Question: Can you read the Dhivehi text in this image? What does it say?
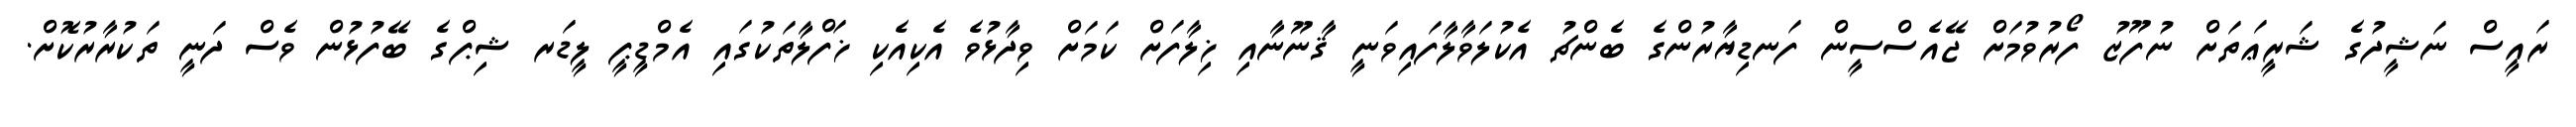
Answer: ރައީސް ނަޝީދުގެ ޝަރީޢަތަށް ނުފޫޒު ފޯރުވުމަށް ޖޭއެސްސީން ފަނޑިޔާރުންގެ ބެންޗު އެކުލަވާލާފައިވަނީ ޤާނޫނާއި ޚިލާފަށް ކަމަށް ވިދާޅުވެ އެކިއެކި ޚަފްލާތަކުގައި އެމްޑީޕީ ލީޑަރ ޝިޕްގެ ބޭފުޅުން ވެސް ދަނީ ތަކުރާރުކޮށް.